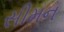
સીમન